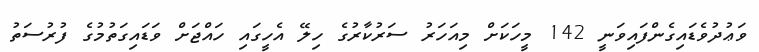
ވަޢުދުވެޑައިގެންފައިވަނީ 142 މީހަކަށް މިއަހަރު ސަރުކާރުގެ ހިލޭ އެހީގައި ހައްޖަށް ވަޑައިގަތުމުގެ ފުރުސަތު